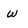
Character: w